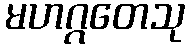
မဟဂ္ဂတေသု